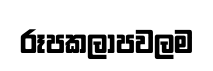
රූපකලාපවලම